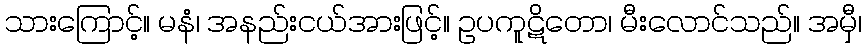
သားကြောင့်။ မနံ၊ အနည်းငယ်အားဖြင့်။ ဥပကူဋိတော၊ မီးလောင်သည်။ အမှီ၊